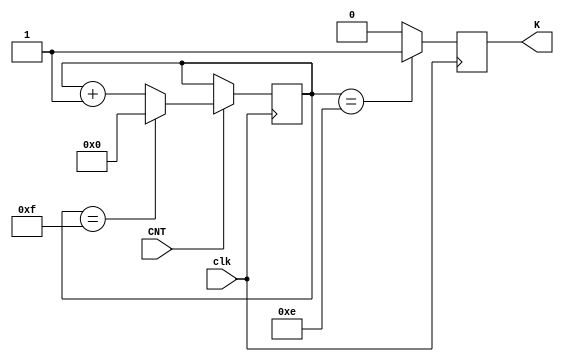
`define MPNum 16

module upcounter_4bits
(
	input clk,
	input CNT,
	output reg K
);

reg [3:0] Count;

initial 
begin
	K = 1'd0;
	Count = 4'd0;
end


always @(posedge clk)
begin
	K = 1'd0;

	if(CNT)
	begin
		if (Count == `MPNum-1) Count <= 4'd0;
		//if (Count == `MPNum-2) Count <= 4'd0;
		else Count <= Count + 4'd1;
	end
	else Count <= Count;
	
	if (Count == `MPNum-2) K <= 1'd1;
	//if (Count == `MPNum-3) K <= 1'd1;
end

endmodule